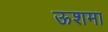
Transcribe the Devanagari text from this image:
ऊशमा